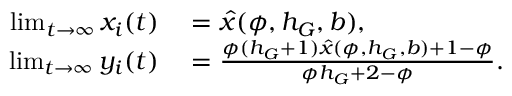
\begin{array} { r l } { \operatorname* { l i m } _ { t \to \infty } x _ { i } ( t ) } & { { } = \hat { x } ( \phi , h _ { G } , b ) , } \\ { \operatorname* { l i m } _ { t \to \infty } y _ { i } ( t ) } & { { } = \frac { \phi ( h _ { G } + 1 ) \hat { x } ( \phi , h _ { G } , b ) + 1 - \phi } { \phi h _ { G } + 2 - \phi } . } \end{array}